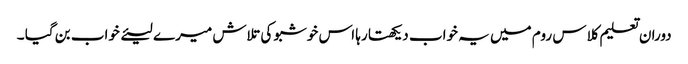
دوران تعلیم کلاس روم میں یہ خواب دیکھتا رہا اس خوشبو کی تلاش میرے لیئے خواب بن گیا ۔